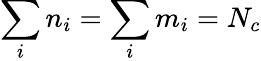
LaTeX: \sum_{i}n_{i}=\sum_{i}m_{i}=N_{c}